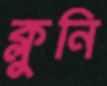
ক্লুনি